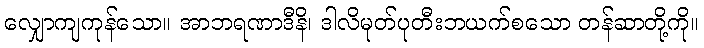
လျှောကျကုန်သော။ အာဘရဏာဒီနိ၊ ဒါလိမုတ်ပုတီးဘယက်စသော တန်ဆာတို့ကို။